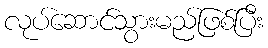
လုပ်ဆောင်သွားမည်ဖြစ်ပြီး